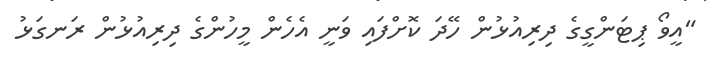
"އީވޯ ޕިޓަންގީގެ ދިރިއުޅުން ހޭދަ ކޮށްފައި ވަނީ އެހެން މީހުންގެ ދިރިއުޅުން ރަނގަޅު